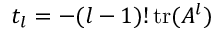
t _ { l } = - ( l - 1 ) ! \operatorname { t r } ( A ^ { l } )